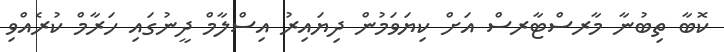
ކޮބާ ތިބުނާ މާރސްޓާރސް އަށް ކިޔަވަމުން ދިޔައިރު އިސްލާމް ދީނުގައި ހަރާމް ކުރެއްވި